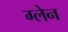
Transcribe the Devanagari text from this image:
ग्‍लेन